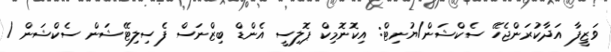
ވަޒީފާ އަދާކުރަންޖެހޭ ސެކްޝަން/ޔުނިޓް: އިކޮނޮމިކް ޕޮލިސީ އެންޑް ބިޒްނަސް ފެސިލިޓޭޝަން ސެކްޝަން /